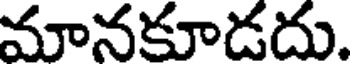
మానకూడదు.